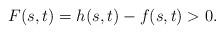
LaTeX: \begin{align*}F(s,t) = h(s,t) - f(s,t) > 0. \end{align*}